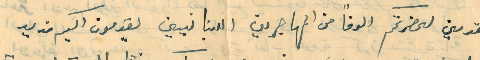
المقدمين لحضرتكم الوفاً من المهاجرين اللبنانيين يقدمون اليكم مزيد